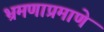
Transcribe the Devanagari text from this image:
भ्रमणाप्रमाणे